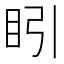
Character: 䀕